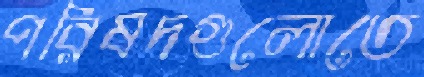
পরিষদগুলোতে